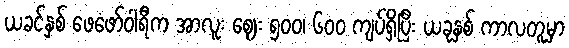
ယခင်နှစ် ဖေဖော်ဝါရီက အာလူး ဈေး ၅၀၀၊ ၆၀၀ ကျပ်ရှိပြီး ယခုနှစ် ကာလတူမှာ